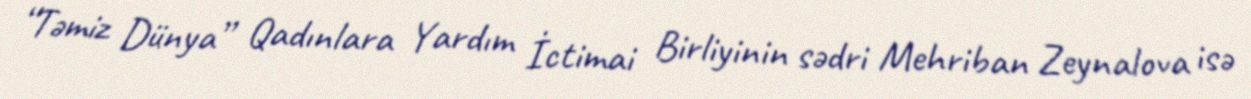
“Təmiz Dünya” Qadınlara Yardım İctimai Birliyinin sədri Mehriban Zeynalova isə